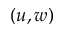
( u , w )